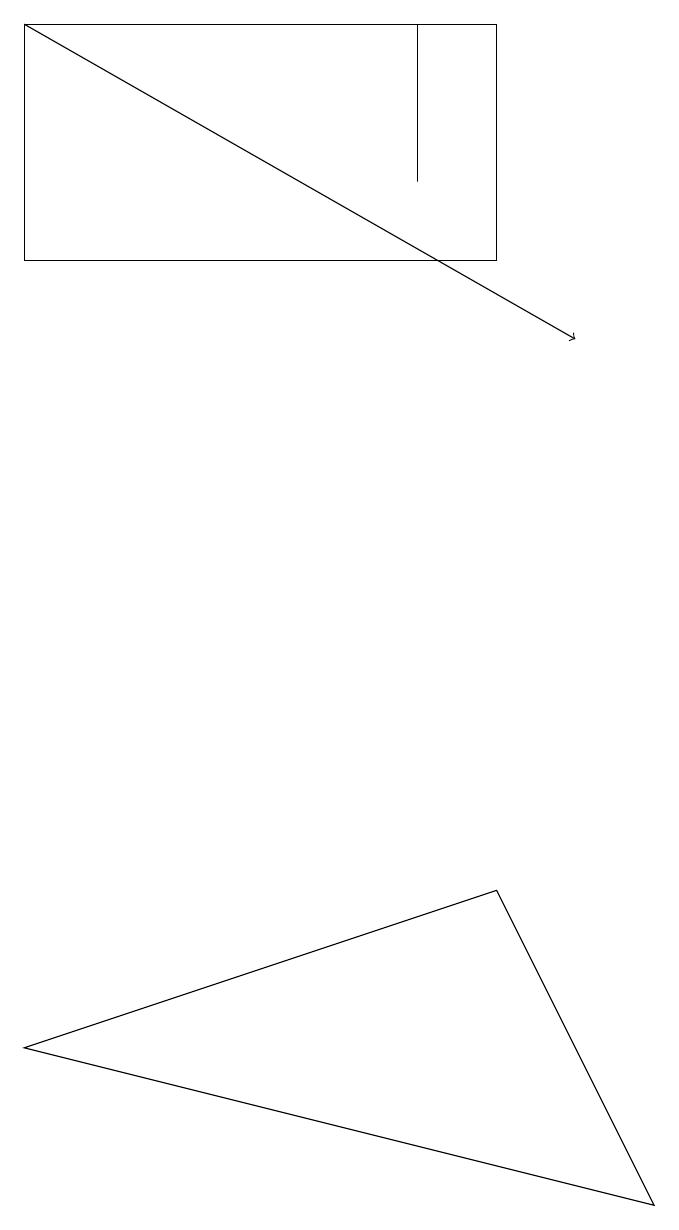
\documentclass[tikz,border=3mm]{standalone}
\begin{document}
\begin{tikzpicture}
\draw (5,17) rectangle (5,19);
\draw (6,19) rectangle (0,16);
\draw (0,6) -- (6,8) -- (8,4) -- cycle;
\draw[->] (0,19) -- (7,15);
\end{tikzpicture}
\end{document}